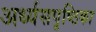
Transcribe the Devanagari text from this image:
अर्ध्यसपृष्ठिका